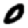
Digit: 0